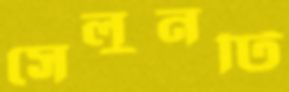
সেলুনটি